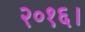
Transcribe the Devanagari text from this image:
२०१६।